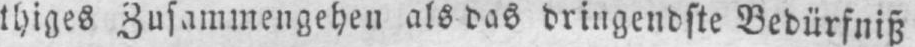
thiges Zusammengehen als das dringendste Bedürfniß